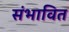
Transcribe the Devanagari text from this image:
संभावित